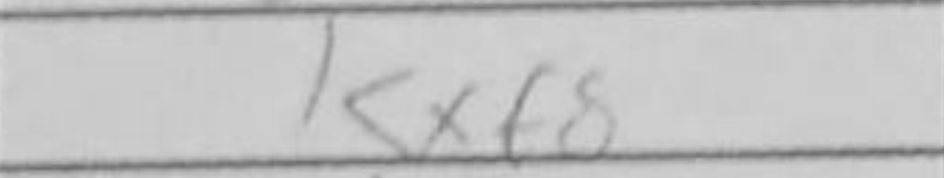
Transcription: Kxf8